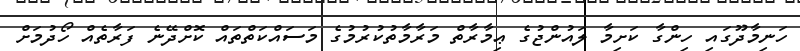
ހަނިމާދޫގައި ހިންގާ ކަށިމާ ލައުންޖުގެ ޢިމާރާތް މަރާމާތުކުރުމުގެ މަސައްކަތްތައް ކޮށްދޭނެ ފަރާތެއް ހޯދުމަށް